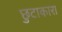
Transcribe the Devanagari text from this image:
छुटाकारा